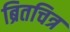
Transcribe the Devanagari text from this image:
ब्रितचित्र